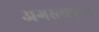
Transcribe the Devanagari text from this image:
अगस्त्यपुरम